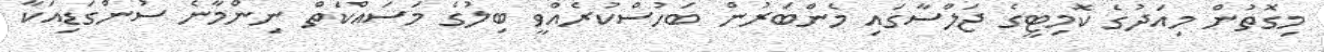
މިގޮތުން މިއަދުގެ ކޮމިޓީގެ ޖަލްސާގައި މެންބަރުން ބަހުސްކުރެއްވީ ބިލުގެ މަސައްކަތް ނިންމާނެ ސުންގަޑިއަކާ